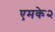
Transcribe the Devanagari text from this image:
एमके२